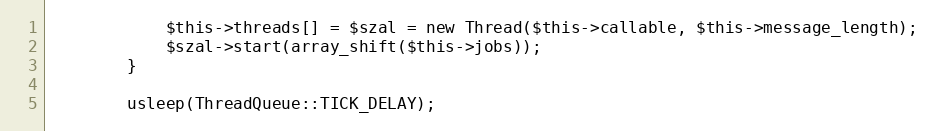
Language: PHP
            $this->threads[] = $szal = new Thread($this->callable, $this->message_length);
            $szal->start(array_shift($this->jobs));
        }

        usleep(ThreadQueue::TICK_DELAY);